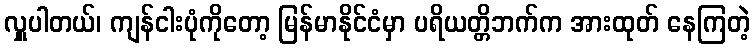
လှူပါတယ်၊ ကျန်ငါးပုံကိုတော့ မြန်မာနိုင်ငံမှာ ပရိယတ္တိဘက်က အားထုတ် နေကြတဲ့